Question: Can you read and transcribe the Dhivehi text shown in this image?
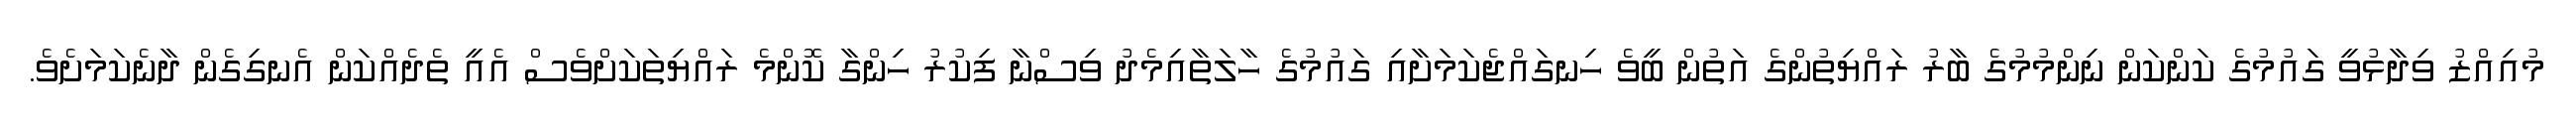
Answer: މުއިއްޒު ވިދާޅުވީ ގައުމުގެ ކަންކަން ނިންމުމުގެ ބާރު ރައްޔިތުންގެ އަތުން ބީވެ ހިނގައްޖެކަމަށާއި ގައުމުގެ ހާލަތާއިމެދު ވިސްނާ ފިކުރު ހިންގާ ކޮންމެ ރައްޔިތަކަށްވެސް އެއީ ތެދެއްކަން އެނގިގެން ދާނެކަމަށެވެ.